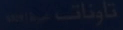
تأوينات-مخفف